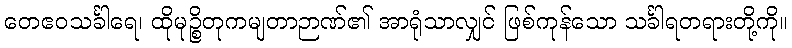
တေဧဝသင်္ခါရေ၊ ထိုမုဉ္စိတုကမျတာဉာဏ်၏ အာရုံသာလျှင် ဖြစ်ကုန်သော သင်္ခါရတရားတို့ကို။